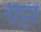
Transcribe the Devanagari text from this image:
रीट्टी